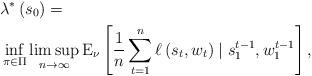
LaTeX: \begin{align*}&\lambda^*\left(s_{0}\right) = \\&\inf _{\pi \in \Pi} \limsup _{n \rightarrow \infty} \mathrm{E}_\nu\left[\frac{1}{n} \sum_{t=1}^n \ell\left(s_t, w_t \right) \mid s_{1}^{t-1}, w_{1}^{t-1}\right],\end{align*}